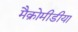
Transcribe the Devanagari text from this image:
मैक्रोमीडीया